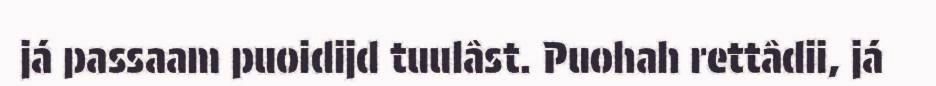
já passaam puoidijd tuulâst. Puohah rettâdii, já